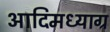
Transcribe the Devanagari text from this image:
आदिमध्याग्र